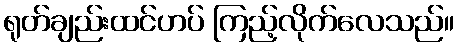
ရုတ်ချည်းထင်ဟပ် ကြည့်လိုက်လေသည်။